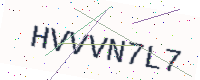
Text: HVVVN7L7